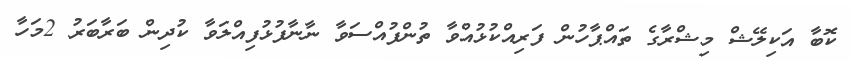
ކޮބާ އަކިލޭޝް މިޝްރާގެ ތައްޕާހުން ފަރިއްކުޅުއްވާ ތުންފުއްސަވާ ނާނާފުޅުފިއްލަވާ ކުދިން ބަރާބަރު 2މަހާ